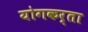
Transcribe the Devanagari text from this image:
योगकर्ता